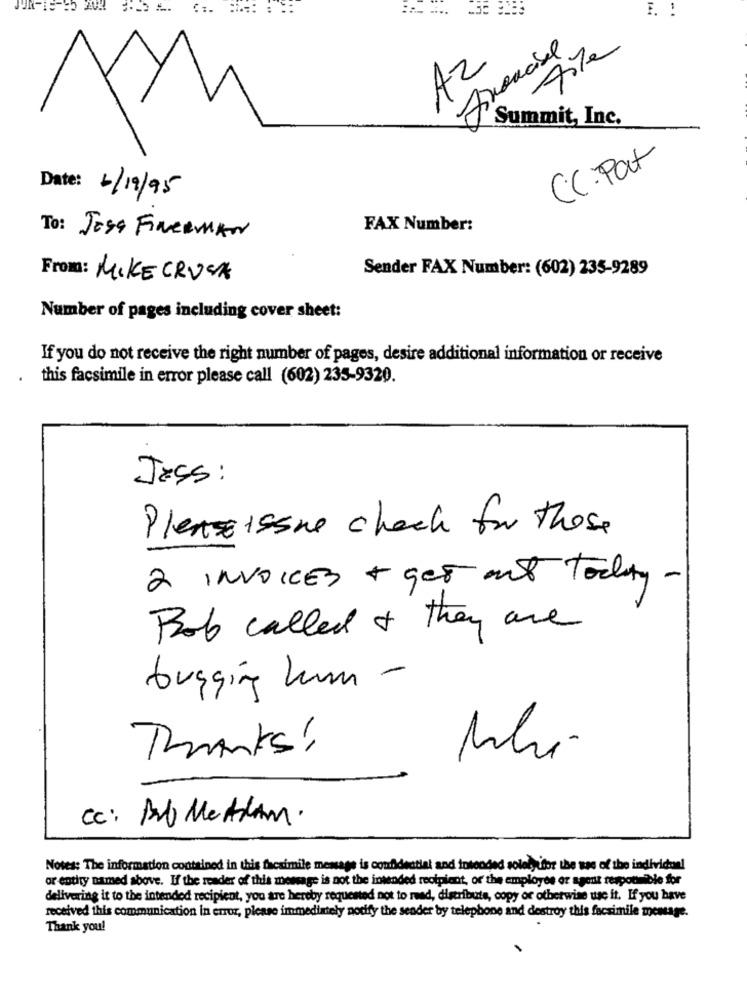
7%e
AZ
Summit, Inc.
CC. Pat
Date: 6/19/95
FAX Number:
To: Jose Fineeman
Sender FAX Number: (602) 235-9289
From: MIKE CRUSA
Number of pages including cover sheet:
If you do not receive the right number of pages, desire additional information or receive
.
this facsimile in error please call (602) 235-9320.
Jass:
Please issue check for those
2 INVOICES + ges mit today -
Bob called & they are
bugging hun -
Thanks!
Cc: Bab Methan.
Notes: The information contained in this facsimile message is confidential and intended solelyfor the use of the individual
or entity named above. If the reader of this message is not the intended recipient, or the employee or agent responsible for
delivering it to the intended recipient, you are hereby requested not to read, distribute, copy or otherwise we it. If you have
received this communication in error, please immediately notify the sender by telephone and destroy this facsimile message.
Thank you!